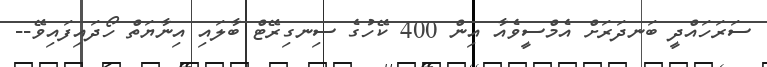
ސަރަހައްދީ ބަނދަރަށް އެމްސީވެއާ އިން 400 ކޭހުގެ ސިނގިރޭޓް ބާލައި އިނާޔަތް ހޯދައިފައިވޭ--